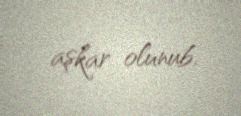
aşkar olunub.